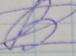
Signature authenticity: forged